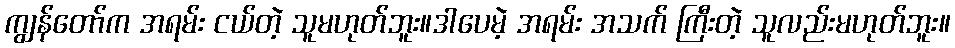
ကျွန်တော်က အရမ်း ငယ်တဲ့ သူမဟုတ်ဘူး။ဒါပေမဲ့ အရမ်း အသက် ကြီးတဲ့ သူလည်းမဟုတ်ဘူး။